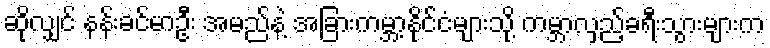
ဆိုလျှင် နန်းခင်မာဦး အမည်နဲ့ အခြားကမ္ဘာ့နိုင်ငံများသို့ ကမ္ဘာလှည့်ခရီးသွားများက